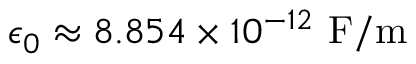
\epsilon _ { 0 } \approx 8 . 8 5 4 \times 1 0 ^ { - 1 2 } \ \mathrm { F / m }